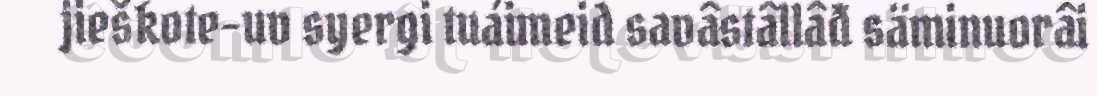
jieškote-uv syergi tuáimeid savâstâllâđ säminuorâi